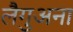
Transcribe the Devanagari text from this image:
लैगुअना